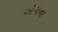
એગના